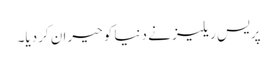
پریس ریلیز نے دنیا کو حیران کردیا۔